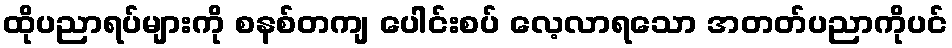
ထိုပညာရပ်များကို စနစ်တကျ ပေါင်းစပ် လေ့လာရသော အတတ်ပညာကိုပင်